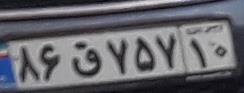
۸۶ق۷۵۷۱۰